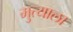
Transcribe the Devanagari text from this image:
मुत्याला